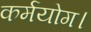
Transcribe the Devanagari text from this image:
कर्मयोग।